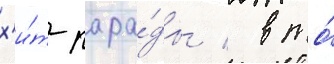
х'и́т-пара́ды / в то́